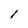
Character: l